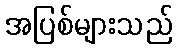
အပြစ်များသည်